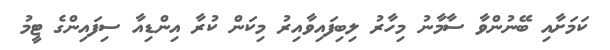
ކަމަށާއި ބޭނުންވާ ސާމާނު މިހާރު ލިބިފައިވާއިރު މިކަން ކުރާ އިންޑިއާ ސިފައިންގެ ޓީމު